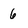
Character: 6